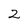
Character: 2